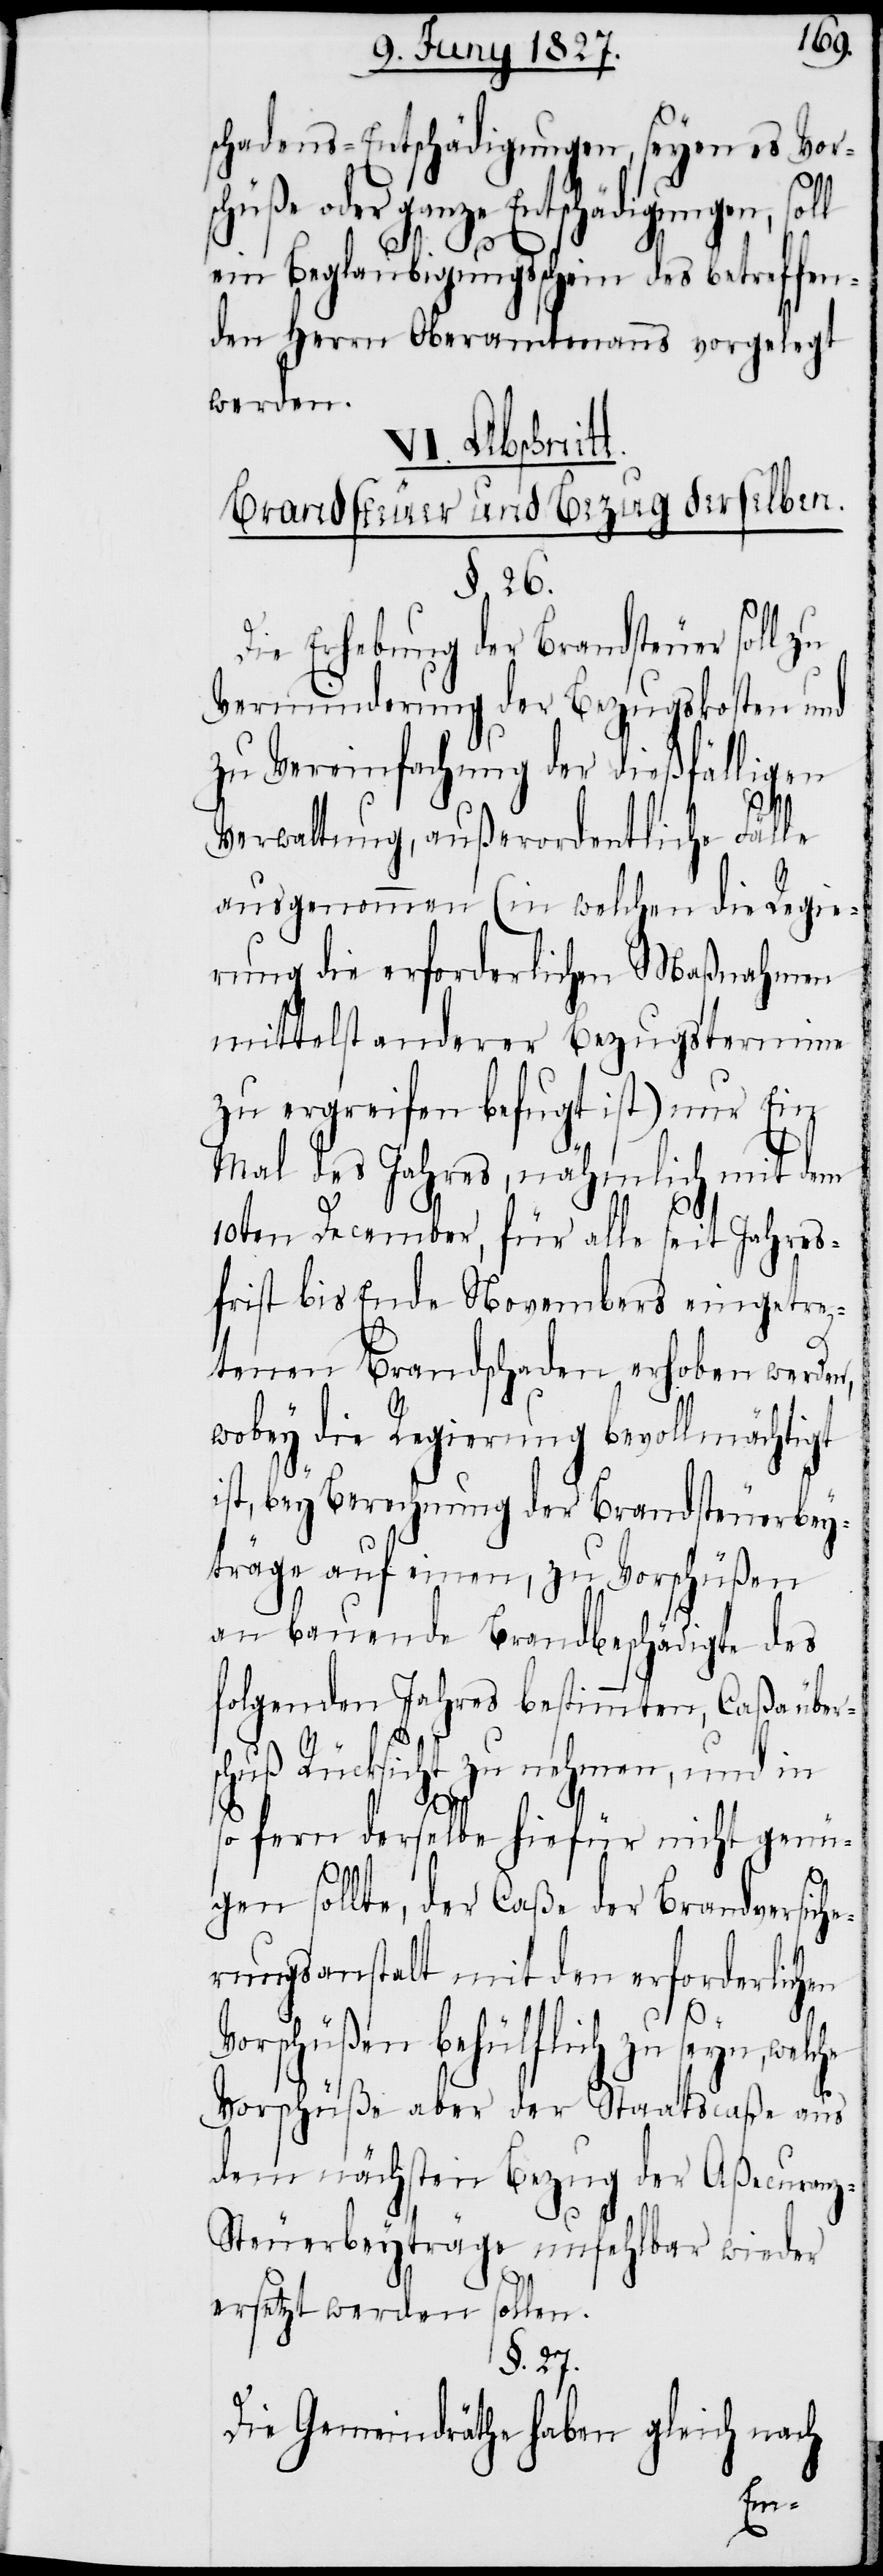
schadens-Entschädigungen, seyen es Vors¬
chüße oder ganze Entschädigungen,
ein Beglaubigungsschein des betreffen¬
den Herrn Oberamtmanns vorgelegt
werden.
VI. Abschnit¬
Brandsteuer und Bezug derselben.
§. 26.
Die Erhebung der Brandsteuer soll zu
Verminderung der Bezugskosten und
zu Vereinfachung der dießfälligen
he
Verwaltung, außerordentliche Fälle
ausgenommen (in welchen die Regie¬
rung die erforderlichen Maßnahmen
mittelst anderer Bezugstermine
zu ergreifen befugt ist) nur Ein
Mal des Jahres, nämlich mit dem
10ten December, für alle seit Jahres¬
frist bis Ende Novembers eingetre¬
tenen Brandschaden erhoben werden,
wobey die Regierung bevollmächtigt
ist, bey Berechnung der Brandsteuerbey¬
träge auf einen, zu Vorschüßen
an bauende Brandbeschädigte des
folgenden Jahres bestimmten, Caßaüber¬
Rücksicht zu nehmen, und in
so fern derselbe hiefür nicht genü¬
gen sollte, der Caße der Brandversiche¬
rungsanstalt mit den erforderlichen
Vorschüßen behülflich zu seyn, welc¬
Vorschüße aber der Staatscaße aus
dem nächsten Bezug der Aßecuran¬
z-Steuerbeyträge unfehlbar wieder
ersetzt werden sollen.
§. 27.
Die Gemeindräthe haben gleich nach